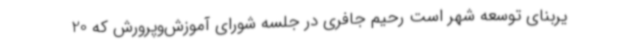
یربنای توسعه شهر است رحیم جافری در جلسه شورای آموزش‌وپرورش که 20